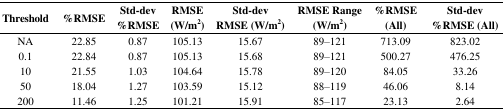
| Threshold | %RMSE | Std-dev %RMSE | RMSE (W/m2) | Std-dev RMSE (W/m2) | RMSE Range (W/m2) | %RMSE (All) | Std-dev %RMSE (All) |
 | --- | --- | --- | --- | --- | --- | --- | --- |
 | NA | 22.85 | 0.87 | 105.13 | 15.67 | 89–121 | 713.09 | 823.02 |
 | 0.1 | 22.84 | 0.87 | 105.13 | 15.68 | 89–121 | 500.27 | 476.25 |
 | 10 | 21.55 | 1.03 | 104.64 | 15.78 | 89–120 | 84.05 | 33.26 |
 | 50 | 18.04 | 1.27 | 103.59 | 15.12 | 88–119 | 46.06 | 8.14 |
 | 200 | 11.46 | 1.25 | 101.21 | 15.91 | 85–117 | 23.13 | 2.64 |